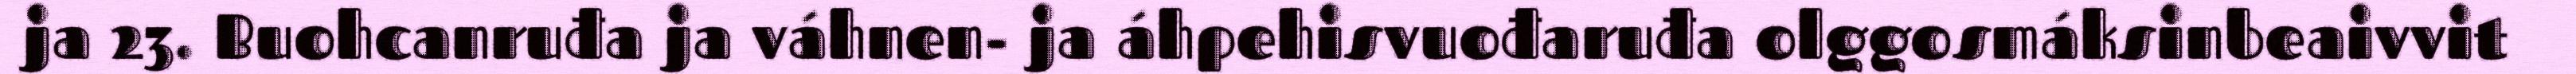
ja 23. Buohcanruđa ja váhnen- ja áhpehisvuođaruđa olggosmáksinbeaivvit